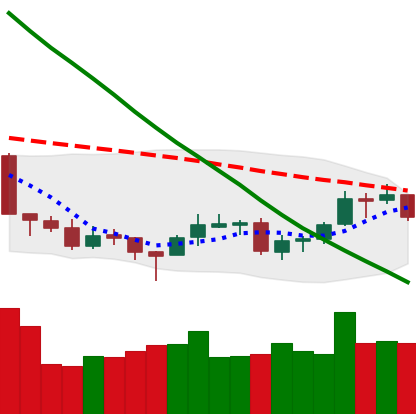
Ticker: LTC-USD
Chart end date: 2018-09-24
Forward return: 6.275%
Label: up_5_7